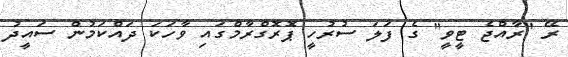
ރޭ "ރާއްޖެ ޓީވީ" ގެ ފަލަ ސުރުހީ ޕޮރޮގްރާމްގައި ވާހަކަ ދައްކަމުން ސައީދު